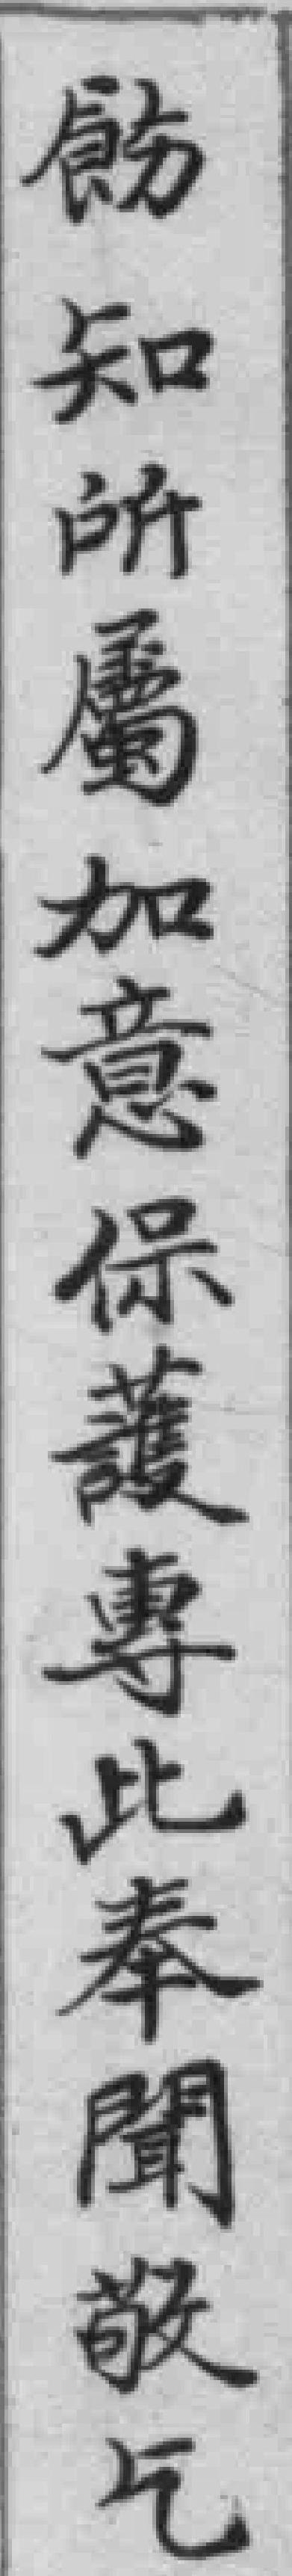
飭知所屬加意保護專此奉聞敬乞